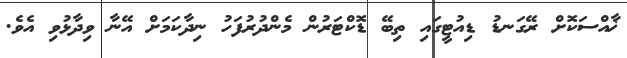
ޚާއްސަކޮށް ރޭގަނޑު ޑިއުޓީގައި ތިބޭ ޑޮކްޓަރުން މެންދުރުފަހު ނިދާކަމަށް އޭނާ ވިދާޅުވި އެވެ.